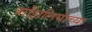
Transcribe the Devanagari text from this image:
ब्राझिलियाच्या